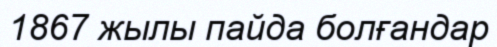
1867 жылы пайда болғандар